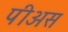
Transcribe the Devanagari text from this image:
पीअस